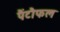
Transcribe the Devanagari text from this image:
पैंटौफल